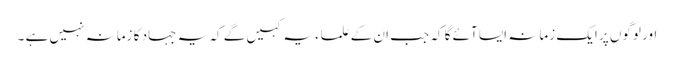
اور لوگوں پر ایک زمانہ ایسا آئے گا کہ جب ان کےعلماء یہ کہیں گے کہ یہ جہاد کا زمانہ نہیں ہے ۔